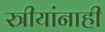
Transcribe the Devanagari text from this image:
स्त्रीयांनाही